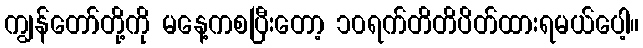
ကျွန်တော်တို့ကို မနေ့ကစပြီးတော့ ၁၀ရက်တိတိပိတ်ထားရမယ်ပေါ့။